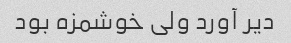
دیر آورد ولی خوشمزه بود